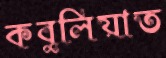
কবুলিয়াত